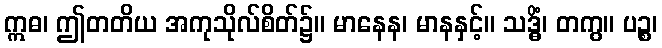
ဣဓ၊ ဤတတိယ အကုသိုလ်စိတ်၌။ မာနေန၊ မာနနှင့်။ သဒ္ဓိံ၊ တကွ။ ပဉ္စ၊